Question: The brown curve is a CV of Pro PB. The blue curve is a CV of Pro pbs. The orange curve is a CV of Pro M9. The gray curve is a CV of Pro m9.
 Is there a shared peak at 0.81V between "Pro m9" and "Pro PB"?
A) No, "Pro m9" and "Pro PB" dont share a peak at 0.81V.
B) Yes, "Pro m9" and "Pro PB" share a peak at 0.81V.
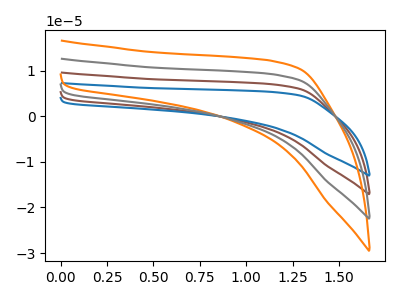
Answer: <think>The brown curve "Pro PB" has no peaks. The blue curve "Pro pbs" has no peaks. The orange curve "Pro M9" has no peaks. The gray curve "Pro m9" has no peaks.</think>
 <answer>A) No, "Pro m9" and "Pro PB" dont share a peak at 0.81V.</answer>
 <eval>A</eval>